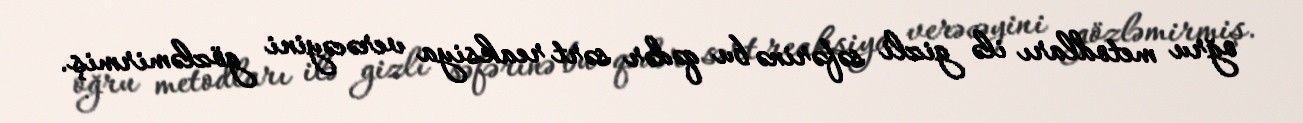
oğru metodları ilə gizli səfərinə bu qədər sərt reaksiya verəcəyini gözləmirmiş.